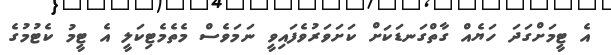
އެ ޓީމަށްގަދަ ހަޔެއް ގާތްގަނޑަކަށް ކަށަވަރުވެފައިވީ ނަމަވެސް މެތެމެޓިކަލީ އެ ޓީމު ކެޓުމުގެ